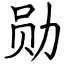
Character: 勋